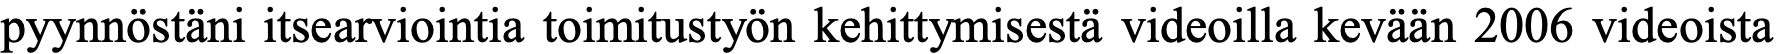
pyynnöstäni itsearviointia toimitustyön kehittymisestä videoilla kevään 2006 videoista